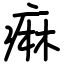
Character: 痳